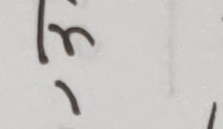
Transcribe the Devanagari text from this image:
इन्